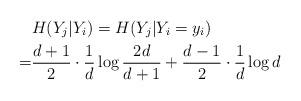
LaTeX: \begin{align*}&H(Y_j|Y_i)= H(Y_j|Y_i=y_i) \\=& \frac{d+1}{2}\cdot\frac{1}{d}\log \frac{2d}{d+1}+\frac{d-1}{2}\cdot\frac{1}{d}\log d\end{align*}